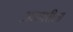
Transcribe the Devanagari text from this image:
अजगरीला